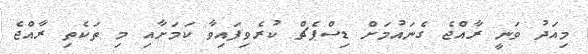
މިއަދު ވަނީ ރާއްޖެ ގެނައުމަށް ޑިސްޕެޗް ކުރެވިފައިވާ ކަމަށާއި މި ތަކެތި ރާއްޖެ